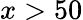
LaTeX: x>50